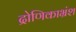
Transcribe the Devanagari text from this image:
द्रोणिकाभ्रंश